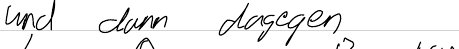
und dann dagegen